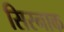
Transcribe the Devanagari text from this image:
सिरनाक